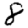
Digit: 8